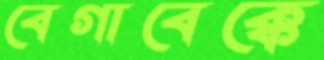
বেগাবেক্কে